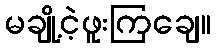
မချို့ငဲ့ဖူးကြချေ။